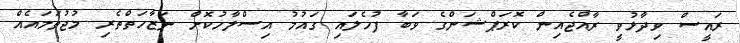
ރައީސް ވިދާޅުވީ ރާއްޖެއިން ކޮރަޕްޝަންގެ ވަބާ ފުހެލައި ގައުމު އިސްލާހުކޮށް ނަޒާހަތްތެރި މުޖުތަމައެއް